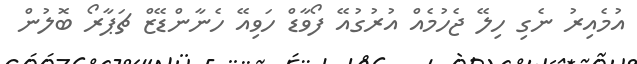
އުމެއިރު ނެގި ހިލޭ ޖެހުމެއް އުރުގުއޭ ފޯވާޑް ހަވިއޭ ހެނާންޑޭޒް ޗަޕާރޯ ބޮލުން